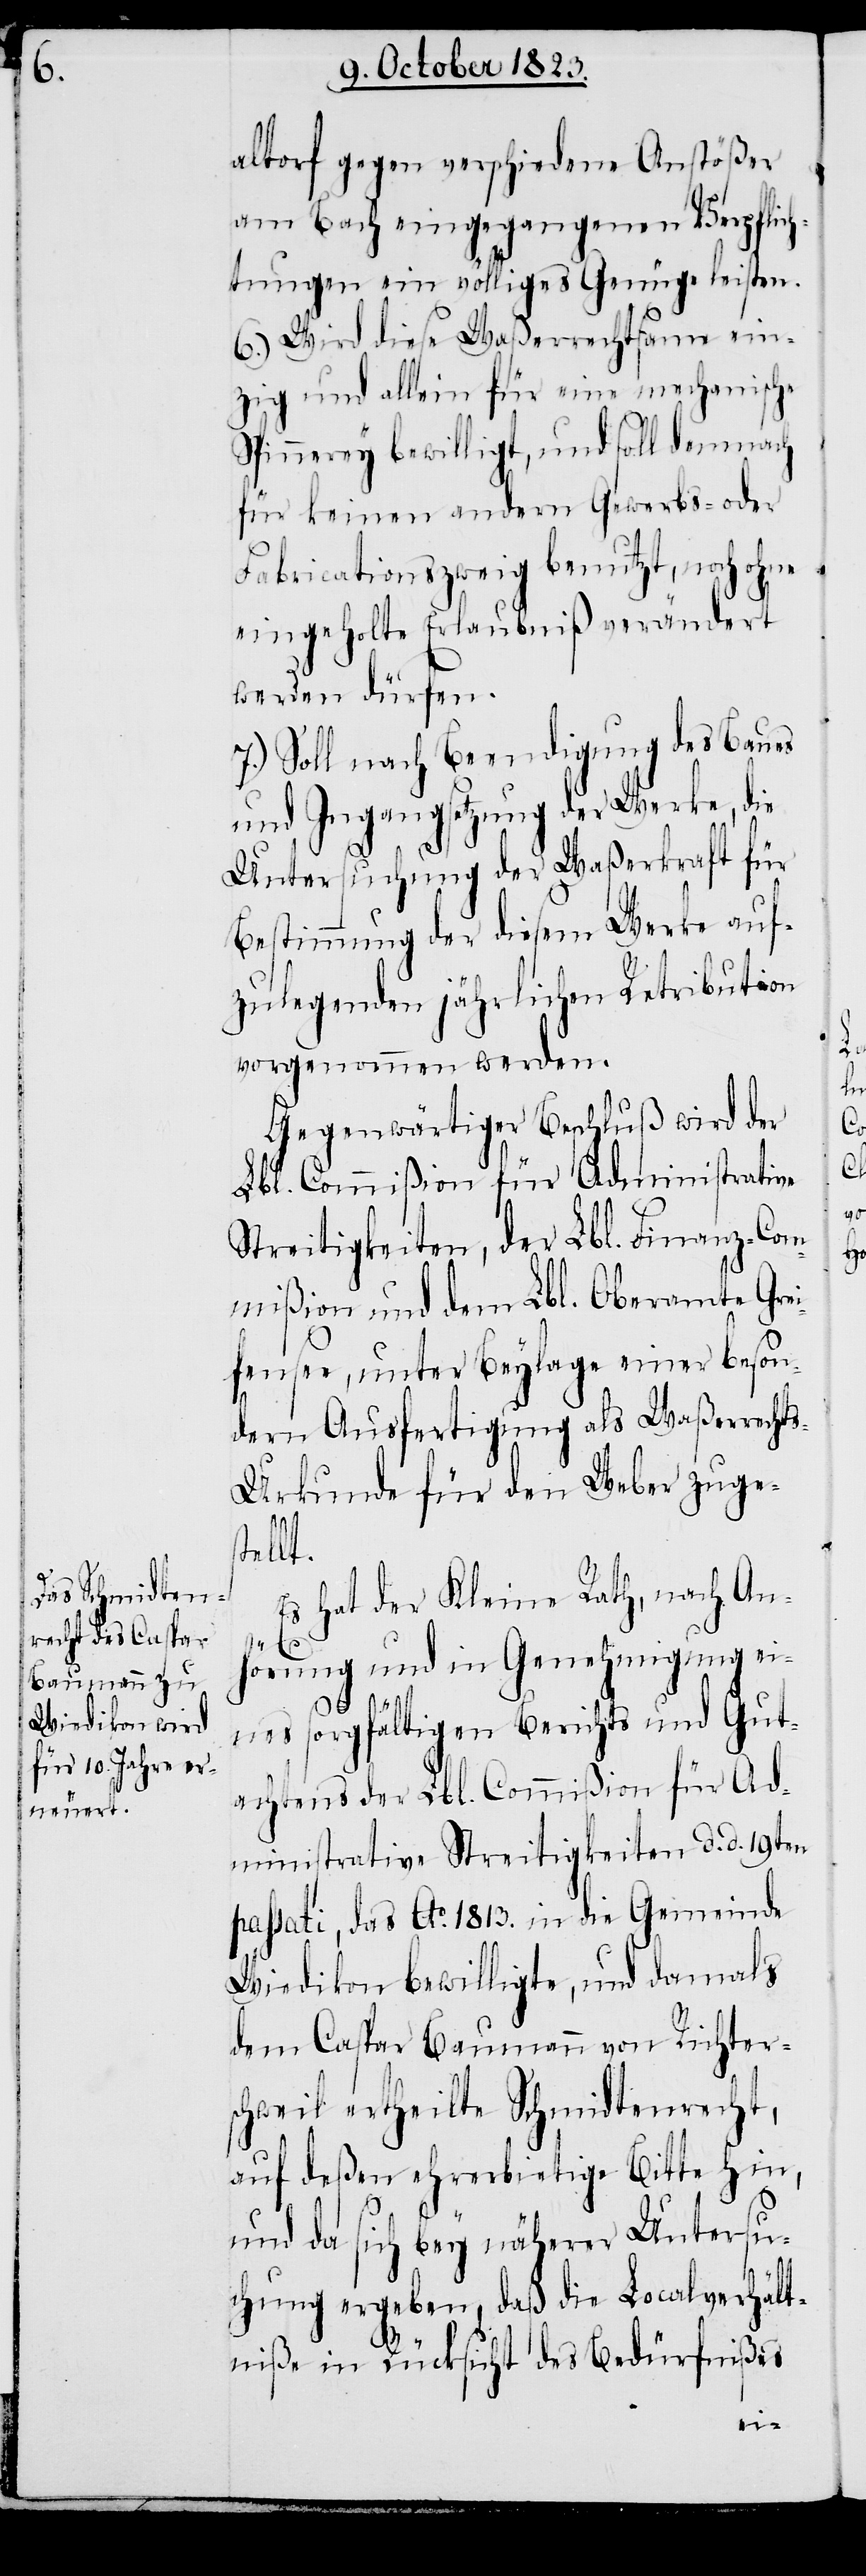
altorf gegen verschiedene Anstößer
am Bach eingegangenen Verpflich¬
tungen ein völliges Genüge leisten.
6.) Wird diese Waßerrechtsame ein¬
zig und allein für eine mechanische
Spinnerey bewilligt, und soll demnach
für keinen andern Gewerbs- oder
Fabricationszweig benutzt, noch ohne
eingeholte Erlaubniß verändert
werden dürfen.
7.) Soll nach Beendigung des Baues
und Ingangsetzung der Werke, die
Untersuchung der Waßerkraft für
Bestimmung der diesem Werke auf¬
zulegenden jährlichen Retribution
vorgenommen werden.
Gegenwärtiger Beschluß wird der
Lbl. Commißion für Administrative
Streitigkeiten, der Lbl. Finanz-Com¬
mißion und dem Lbl. Oberamte Grei¬
fensee, unter Beylage einer beson¬
dern Ausfertigung als Waßerrecht¬
s-Urkunde für den Weber zuges¬
tellt.
Es hat der Kleine Rath, nach An¬
hörung und in Genehmigung ei¬
nes sorgfältigen Berichts und Gut¬
achtens der Lbl. Commißion für Ad¬
ministrative Streitigkeiten d. d. 19ten
passati, das Ao. 1813. in die Gemeinde
Wiedikon bewilligte, und damals
dem Caspar Baumann von Richter¬
schweil ertheilte Schmidtenrecht,
auf deßen ehrerbietige Bitte hin,
und da sich bey näherer Unteersu¬
chung ergeben, daß die Localverhält¬
niße in Rücksicht des Bedürfnißes